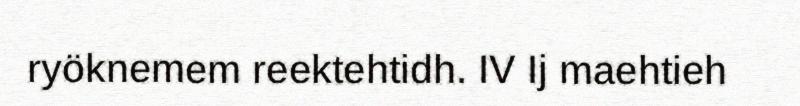
ryöknemem reektehtidh. IV Ij maehtieh